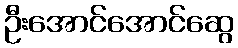
ဦးအောင်အောင်ဆွေ